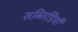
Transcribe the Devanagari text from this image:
सब्सिडियाँ